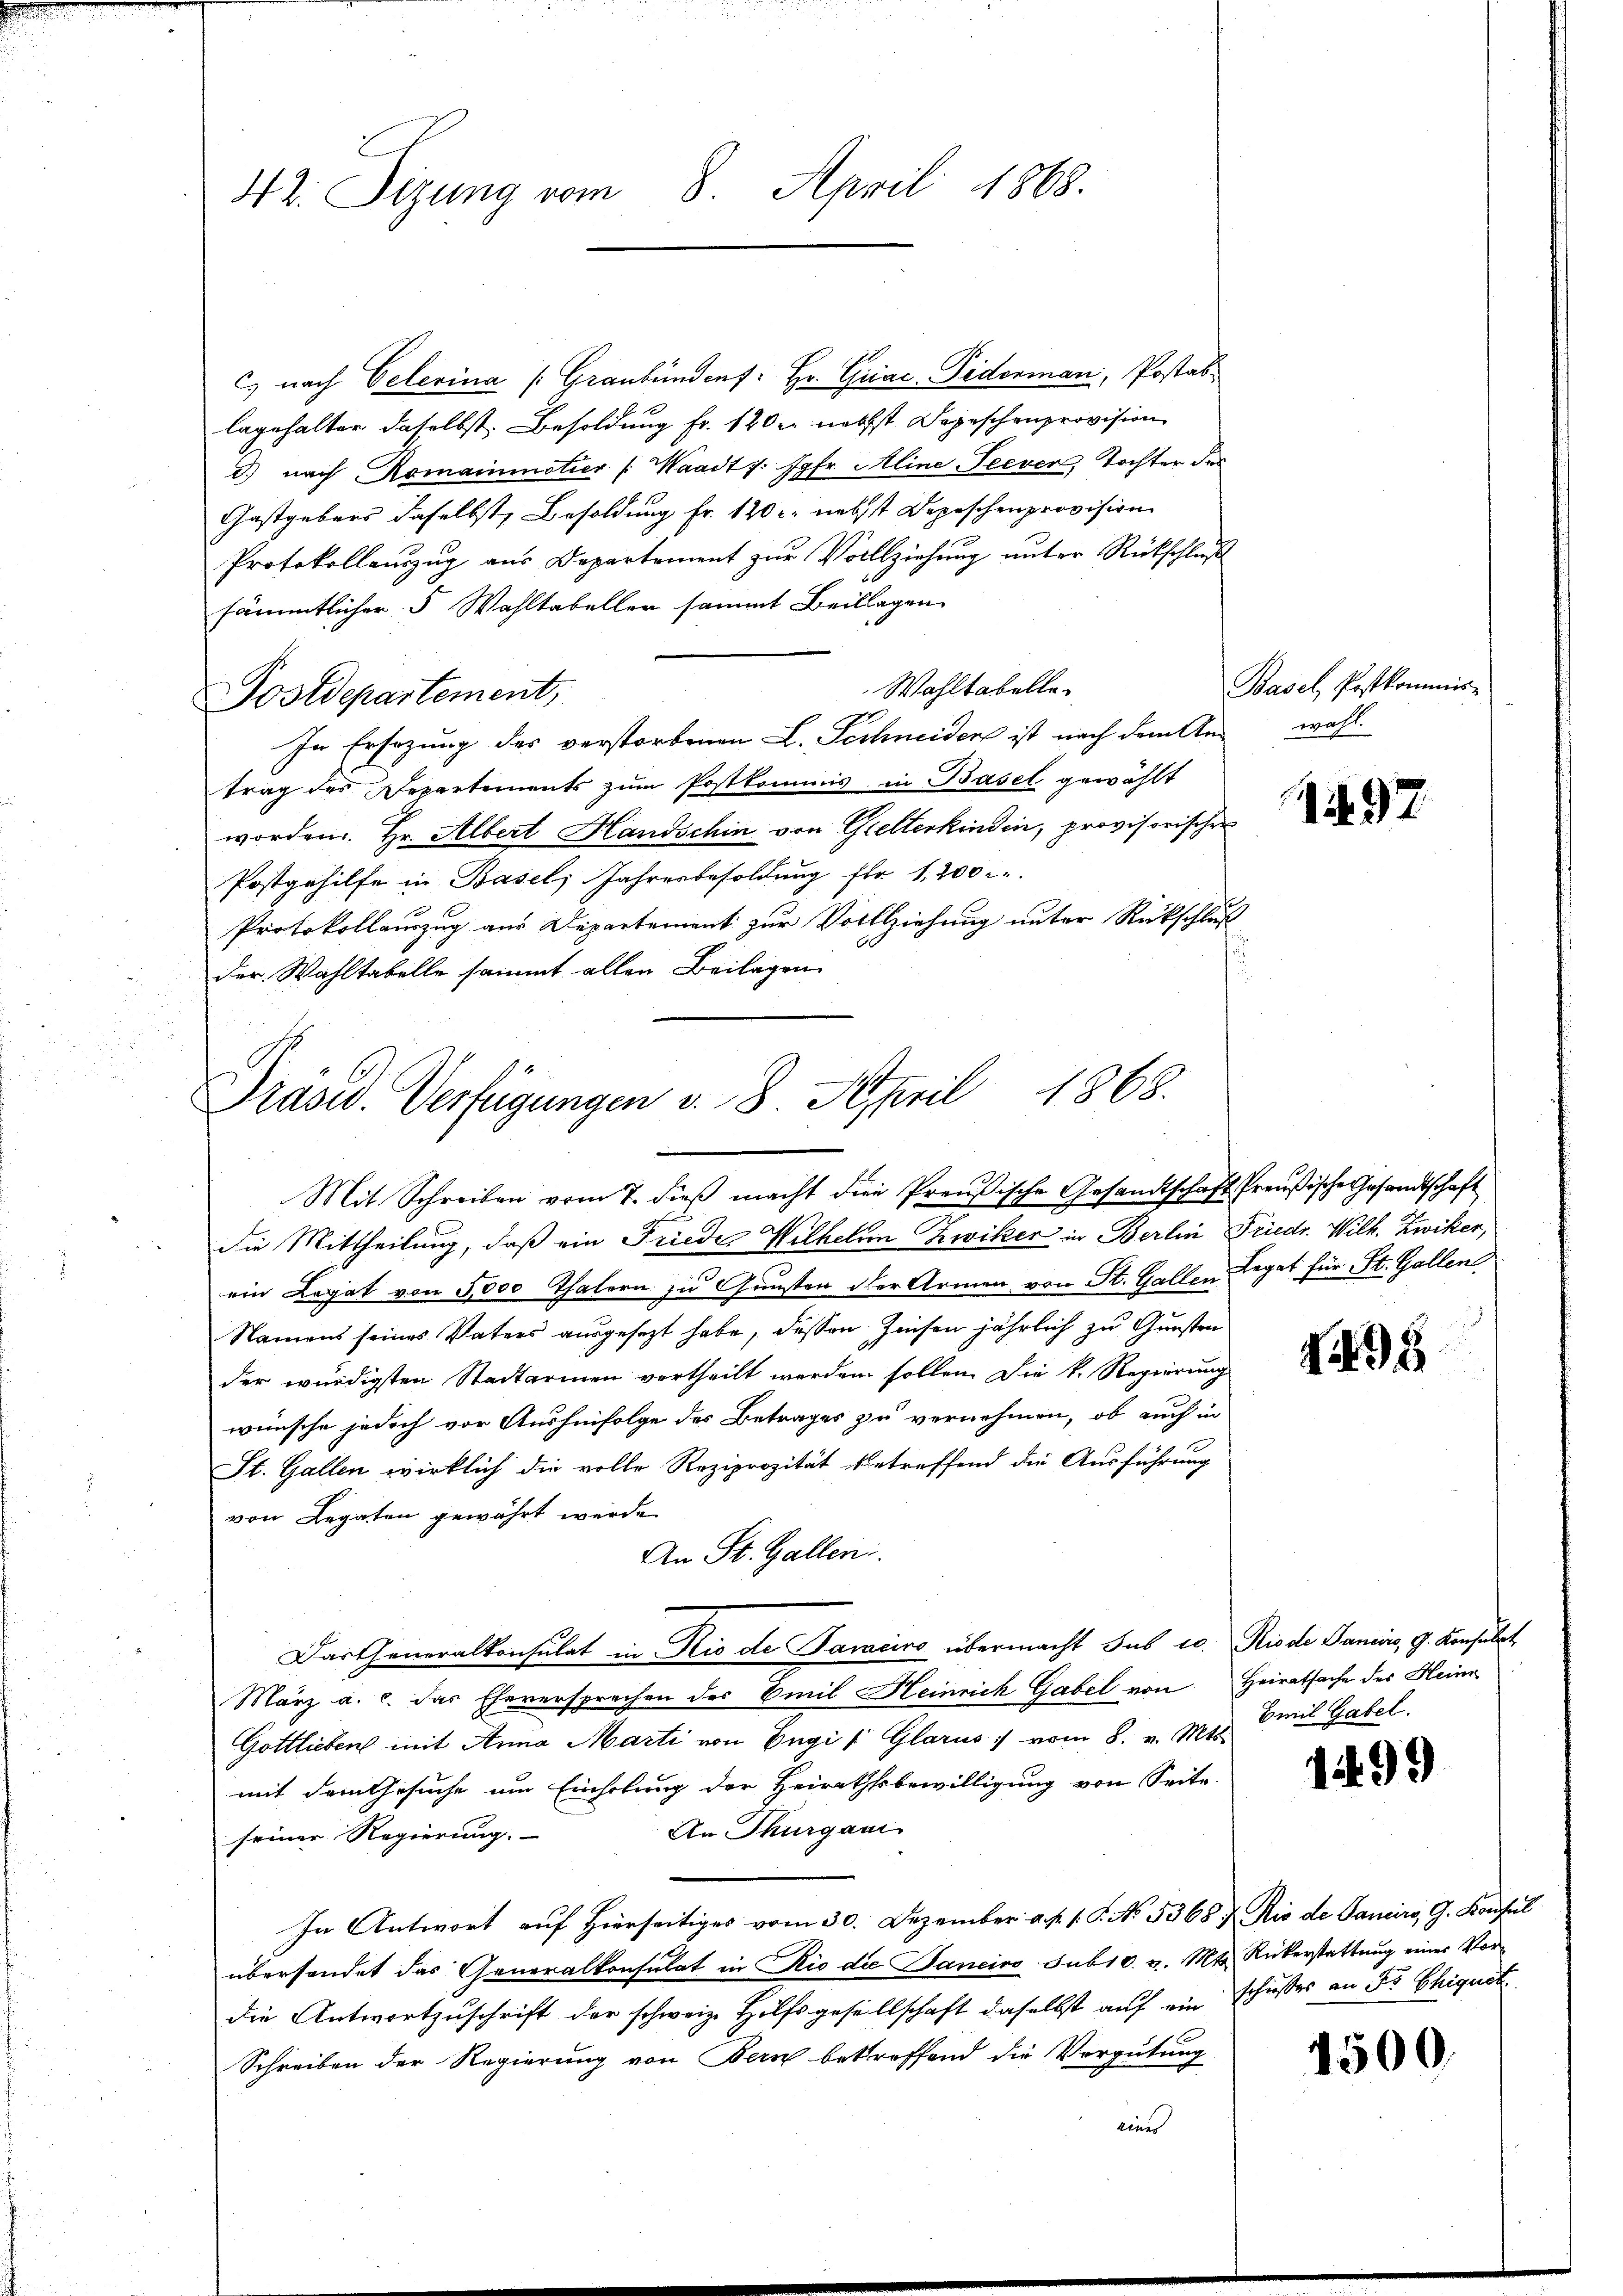
42. Sizung vom 8. April 1868.

c) nach Oelerina (Graubünden: Hr. Griac-Piderman, Postab
lagehalter daselbst. Besoldung fr. 120 r. nebst Depeschenprovision
d) nach Romainmotier /: Waadt v. Jgfr. Aline Seever, Tochter des
Gastgebers daselbst, Besoldung Fr. 120 r. nebst Depeschenprovision
Protokollanzŭg aŭs Departement zŭr Vollziehung unter Rückschluß
sämmtlicher 5 Wahltabeller sammt Beillagen
Wahltabelle.
Postdepartement,
In Ersezung des verstorbenen L. Techneiden ist nach dem An-
trag des Departements zŭm Postkommis in Basel gewählt
worden. Hr. Albert Handschin von Gelterkinden, provisorischer
Postgehilfe in Basel, Jahresbesoldung für 1200
Protokollauszug aus Departement zur Vollziehung unter Rückschluß
der Wahltabelle sammt allen Beilagen
.

Präsid. Verfügungen v. 8. April 1868.
Mit Schreiben vom 7. dieβ macht die Preußische Gesandtschaft Preußische Gesandtschaft

die Mittheilung, daß ein Frieder Wilhelm Zwiker in Berlin Friedr. Wilh. Zwiker,
ein Legat von 5000 Thalern zu Gunsten der Armen von St. Gallen Legat für St. Gallen
Namens seines Vaters ausgesezt habe, dessen Zeichen jährlich zu Gunsten
der würdigsten Stadtarmen vertheilt werden sollen. Die k. Regierung
wünsche jedoch vor Aushinfolge des Betrages zu vernehmen, ob auch in
St. Gallen wirklich die volle Reziprozität betreffend die Ausführung
von Legaten gewährt werde
An St. Gallen.
Das Generalkonsulat in Rio de Janeiro übermacht sub eo. Riode Janiers, 9. Konsulat
März a. c. das Eheversprechen des Emil Heinrich Gabel von Heiratsache des Hein
Gottlieben mit Anna Marti von Engi, Glarus vom 8. v. Mts.
mit dem Gesuche um Einholung der Heirathsbewilligung von Seite
An Thurgau
seiner Regierung.
In Antwort auf Hierseitiges vom 30. Dezember a. p. 1. P. No. 5368 u. Rio de Sancirs, G. Konsul
übersendet das Generalkonsulat in Rio die Bancino sub 10. v. Mts. Rickerstattung einer Vordie Antwortzuschrift der schweiz. Hilfsgesellschaft daselbst auf ein schusses an Sr. Ehiquot
Schreiben der Regierung von Bern betreffend die Vergütung
eines

Basel, Postkommis-
wahl.

97.

498

Emil Gabel.

4499

1500.